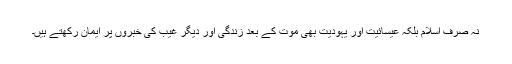
نہ صرف اسلام بلکہ عیسائیت اور یہودیت بھی موت کے بعد زندگی اور دیگر غیب کی خبروں پر ایمان رکھتے ہیں۔